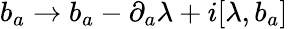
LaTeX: b_{a}\rightarrow b_{a}-\partial_{a}\lambda+i[\lambda,b_{a}]